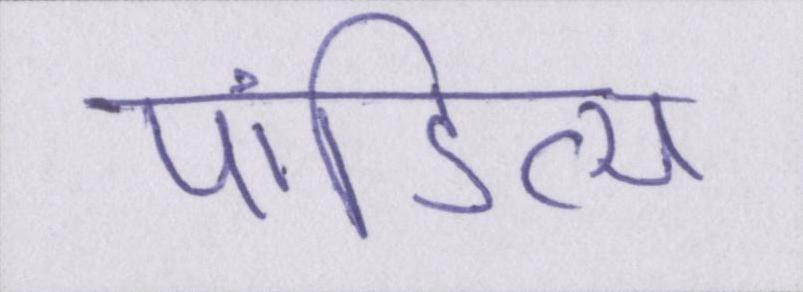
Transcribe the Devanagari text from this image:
पांडित्य